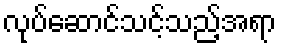
လုပ်ဆောင်သင့်သည့်အရာ